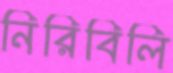
নিরিবিলি